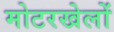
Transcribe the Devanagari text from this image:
मोटरखेलों